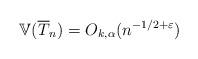
LaTeX: \begin{align*}\mathbb{V}(\overline{T}_n)=O_{k,\alpha}(n^{-1/2+\varepsilon})\end{align*}